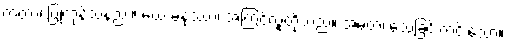
ကတာ၊ ပြုကုန်သနည်း။ ယေ မနုဿာ၊ အကြင်လူတို့သည်။ အမတံ၊ သေခြင်းကင်းသော။